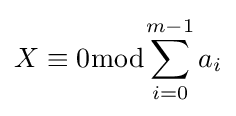
X\equiv 0{\bmod {\sum _{i=0}^{m-1}a_{i}}}